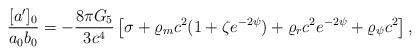
LaTeX: \begin{align*}{{[a^{\prime}]_0}\over{a_0b_0}}=-{{8\pi G_5}\over{3c^4}}\left[\sigma+\varrho_mc^2(1+\zeta e^{-2\psi})+\varrho_rc^2e^{-2\psi}+\varrho_{\psi}c^2\right],\end{align*}